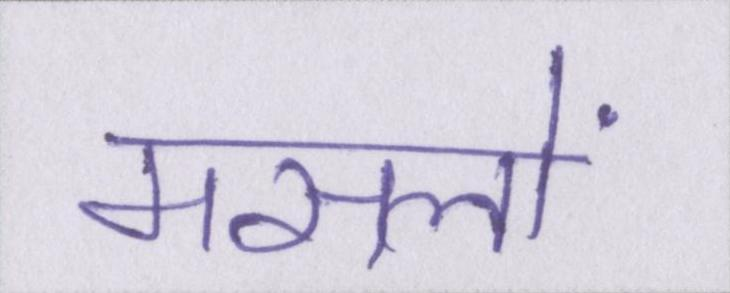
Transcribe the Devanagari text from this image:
मसलों